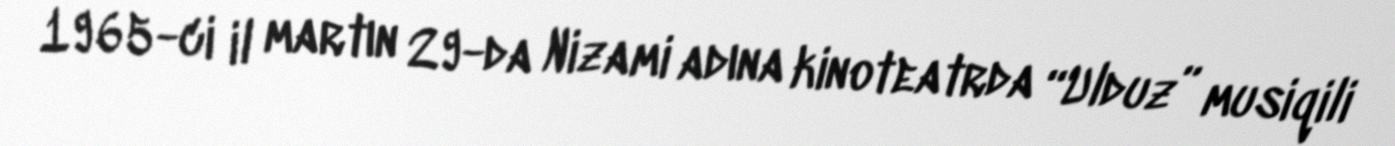
1965-ci il martın 29-da Nizami adına kinoteatrda “Ulduz” musiqili